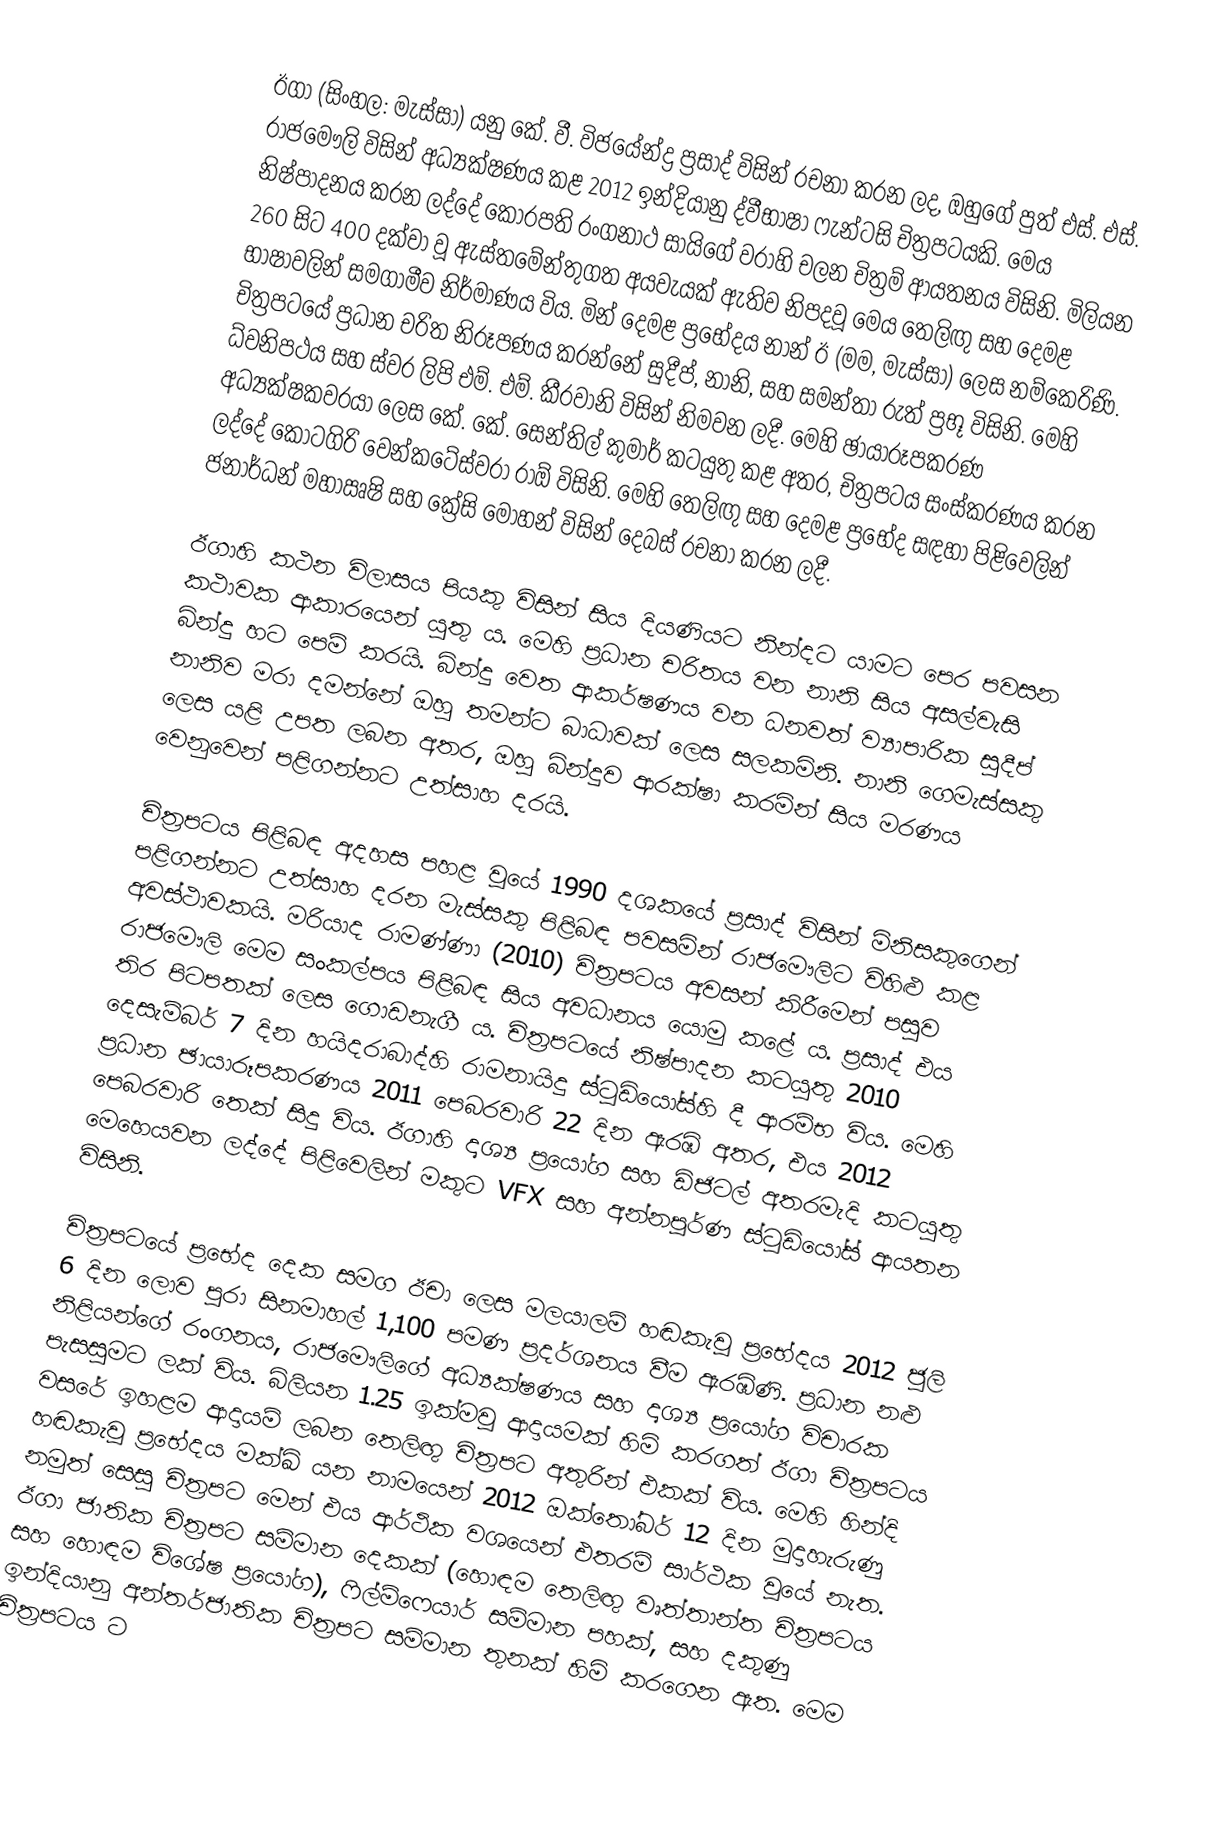
ඊගා (සිංහල: මැස්සා) යනු කේ. වී. විජයේන්ද්‍ර ප්‍රසාද් විසින් රචනා කරන ලද, ඔහුගේ පුත් එස්. එස්. රාජමෞලි විසින් අධ්‍යක්ෂණය කළ 2012 ඉන්දියානු ද්වීභාෂා ෆැන්ටසි චිත්‍රපටයකි. මෙය නිෂ්පාදනය කරන ලද්දේ කෝරපති රංගනාථ සායිගේ වරාහි චලන චිත්‍රම් ආයතනය විසිනි.  මිලියන 260 සිට 400 දක්වා වූ ඇස්තමේන්තුගත අයවැයක් ඇතිව නිපදවූ මෙය තෙලිඟු සහ දෙමළ භාෂාවලින් සමගාමීව නිර්මාණය විය. මින් දෙමළ ප්‍රභේදය නාන් ඊ (මම, මැස්සා) ලෙස නම්කෙරිණි. චිත්‍රපටයේ ප්‍රධාන චරිත නිරූපණය කරන්නේ සුදීප්, නානි, සහ සමන්තා රුත් ප්‍රභූ විසිනි. මෙහි ධ්වනිපථය සහ ස්වර ලිපි එම්. එම්. කීරවානි විසින් නිමවන ලදී. මෙහි ඡායාරූපකරණ අධ්‍යක්ෂකවරයා ලෙස කේ. කේ. සෙන්තිල් කුමාර් කටයුතු කළ අතර, චිත්‍රපටය සංස්කරණය කරන ලද්දේ කෝටගිරි වෙන්කටේස්වරා රාඕ විසිනි. මෙහි තෙලිඟු සහ දෙමළ ප්‍රභේද සඳහා පිළිවෙලින් ජනාර්ධන් මහාඍෂි සහ ක්‍රේසි මෝහන් විසින් දෙබස් රචනා කරන ලදී.

ඊගාහි කථන විලාසය පියකු විසින් සිය දියණියට නින්දට යාමට පෙර පවසන කථාවක ආකාරයෙන් යුතු ය. මෙහි ප්‍රධාන චරිතය වන නානි සිය අසල්වැසි බින්දු හට පෙම් කරයි. බින්දු වෙත ආකර්ෂණය වන ධනවත් ව්‍යාපාරික සුදීප් නානිව මරා දමන්නේ ඔහු තමන්ට බාධාවක් ලෙස සලකමිනි. නානි ගෙමැස්සකු ලෙස යළි උපත ලබන අතර, ඔහු බින්දුව ආරක්ෂා කරමින් සිය මරණය වෙනුවෙන් පළිගන්නට උත්සාහ දරයි.

චිත්‍රපටය පිළිබඳ අදහස පහළ වූයේ 1990 දශකයේ ප්‍රසාද් විසින් මිනිසකුගෙන් පළිගන්නට උත්සාහ දරන මැස්සකු පිළිබඳ පවසමින් රාජමෞලිට විහිළු කළ අවස්ථාවකයි. මරියාද රාමණ්ණා (2010) චිත්‍රපටය අවසන් කිරීමෙන් පසුව රාජමෞලි මෙම සංකල්පය පිළිබඳ සිය අවධානය යොමු කළේ ය. ප්‍රසාද් එය තිර පිටපතක් ලෙස ගොඩනැගී ය. චිත්‍රපටයේ නිෂ්පාදන කටයුතු 2010 දෙසැම්බර් 7 දින ‍හයිදරාබාද්හි රාමනායිදු ස්ටූඩියෝස්හි දී ආරම්භ විය. මෙහි ප්‍රධාන ඡායාරූපකරණය 2011 පෙබරවාරි 22 දින ඇරඹි අතර, එය 2012 පෙබරවාරි තෙක් සිදු විය. ඊගාහි දෘශ්‍ය ප්‍රයෝග සහ ඩිජිටල් අතරමැදි කටයුතු මෙහෙයවන ලද්දේ පිළිවෙලින් මකුට VFX සහ අන්නපූර්ණ ස්ටූඩියෝස් ආයතන විසිනි.

චිත්‍රපටයේ ප්‍රභේද දෙක සමග ඊචා ලෙස මලයාලම් හඬකැවූ ප්‍රභේදය 2012 ජූලි 6 දින ලොව පුරා සිනමාහල් 1,100 පමණ ප්‍රදර්ශනය වීම ඇරඹිණි. ප්‍රධාන නළු නිළියන්ගේ රංගනය, රාජමෞලිගේ අධ්‍යක්ෂණය සහ දෘශ්‍ය ප්‍රයෝග විචාරක පැසසුමට ලක් විය.  බිලියන 1.25 ඉක්මවූ ආදායමක් හිමි කරගත් ඊගා චිත්‍රපටය වසරේ ඉහළම ආදායම් ලබන තෙලිඟු චිත්‍රපට අතුරින් එකක් විය. මෙහි හින්දි හඬකැවූ ප්‍රභේදය මක්ඛි යන නාමයෙන් 2012 ඔක්තෝබර් 12 දින මුදාහැරුණු නමුත් සෙසු චිත්‍රපට මෙන් එය ආර්ථික වශයෙන් එතරම් සාර්ථක වූයේ නැත. ඊගා ජාතික චිත්‍රපට සම්මාන දෙකක් (හොඳම තෙලිඟු වෘත්තාන්ත චිත්‍රපටය සහ හොඳම විශේෂ ප්‍රයෝග), ෆිල්ම්ෆෙයාර් සම්මාන පහක්, සහ දකුණු ඉන්දියානු අන්තර්ජාතික චිත්‍රපට සම්මාන තුනක් හිමි කරගෙන ඇත. මෙම චිත්‍රපටය ට